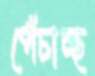
পেঁচাচ্ছ